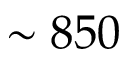
\sim 8 5 0